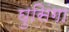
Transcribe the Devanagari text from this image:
घुसिंगा